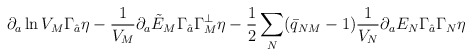
\begin{align*}\partial_a \ln V_M \Gamma_{\hat{a}}\eta-{1\over V_M} \partial_a\tilde{E}_M\Gamma_{\hat{a}}\Gamma_M^\perp \eta -{1\over 2}\sum_N (\bar{q}_{NM}-1){1\over V_N}\partial_a E_N\Gamma_{\hat{a}} \Gamma_N \eta \qquad\qquad\end{align*}